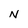
Character: N